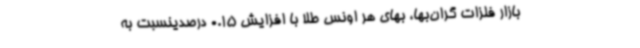
بازار فلزات گران‌بها، بهای هر اونس طلا با افزایش 0.15 درصدینسبت به